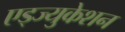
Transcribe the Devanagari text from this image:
एड्ज्युकेशन